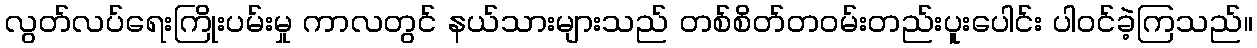
လွတ်လပ်ရေးကြိုးပမ်းမှု ကာလတွင် နယ်သားများသည် တစ်စိတ်တဝမ်းတည်းပူးပေါင်း ပါဝင်ခဲ့ကြသည်။